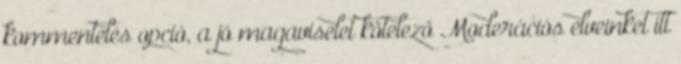
kommentelés opció, a jó magaviselet kötelező Moderációs elveinket itt